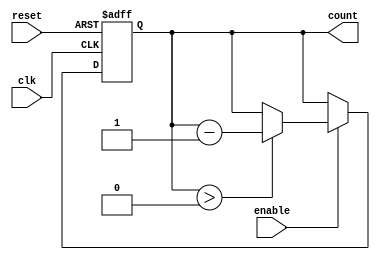
module down_counter #(
    parameter MAX_VALUE = 15  // Maximum value for the counter
) (
    input wire clk,           // Clock signal
    input wire enable,        // Enable signal
    input wire reset,         // Asynchronous reset signal
    output reg [3:0] count    // Current value of the counter
);

    // Initial count value (maximum value)
    initial begin
        count = MAX_VALUE;
    end

    always @(posedge clk or posedge reset) begin
        if (reset) begin
            // Asynchronous reset to maximum value
            count <= MAX_VALUE;
        end else if (enable) begin
            // Count down logic
            if (count > 0) begin
                count <= count - 1;
            end
            // If count is 0, it stays at 0
        end
        // If enable is low, hold the current count value
    end
endmodule